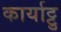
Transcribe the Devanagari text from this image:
कार्याट्टु